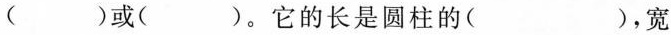
( )或( )。它的长是圆柱的( )，宽